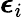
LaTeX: \boldsymbol{\epsilon}_{i}